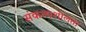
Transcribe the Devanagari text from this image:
संकल्पशीलता